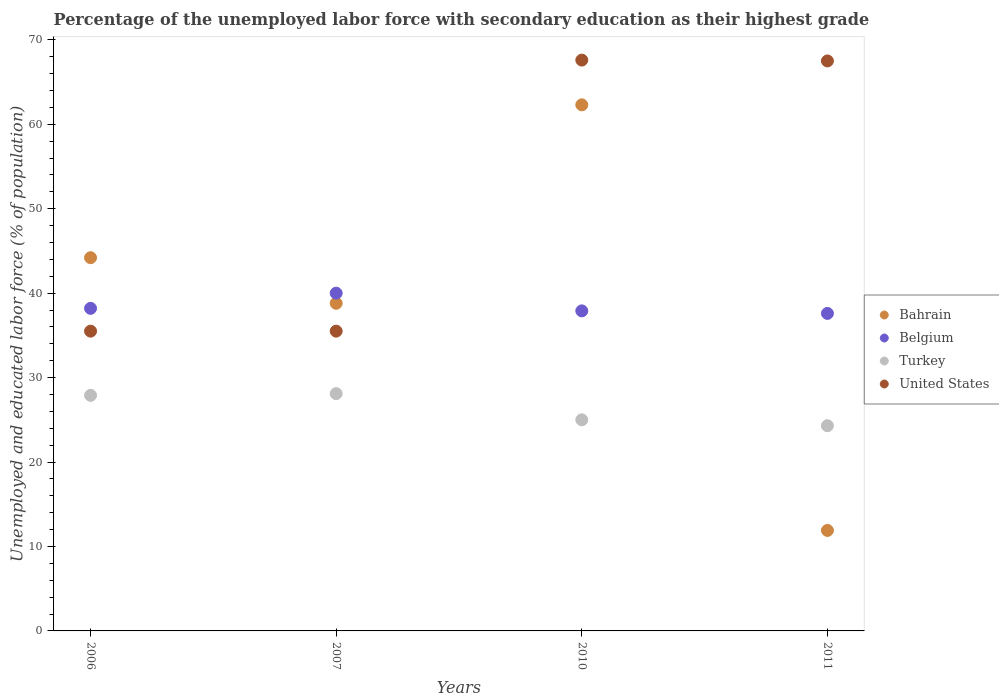
| Years | Bahrain | Belgium | Turkey | United States |
 | --- | --- | --- | --- | --- |
 | 2006 | 44.2 | 38.2 | 27.9 | 35.5 |
 | 2007 | 38.8 | 40 | 28.1 | 35.5 |
 | 2010 | 62.3 | 37.9 | 25 | 67.6 |
 | 2011 | 11.9 | 37.6 | 24.3 | 67.5 |